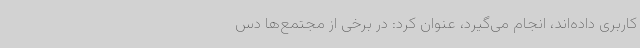
کاربری داده‌اند، انجام می‌گیرد، عنوان کرد: در برخی از مجتمع‌ها دس